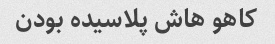
کاهو هاش پلاسیده بودن